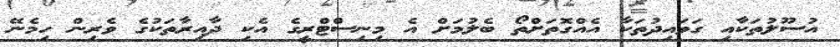
އުސޫލުތަކާއި ގަވައިދުތަކާ އެއްގޮތަށްތޯ ބެލުމަށް އެ މިނިސްޓްރީގެ އެކި ދާއިރާތަކުގެ ވެރިން ހިމެނޭ